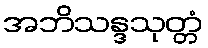
အဘိသန္ဒသုတ္တံ